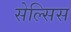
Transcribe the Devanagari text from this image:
सेल्सिस